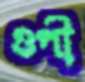
গুপী